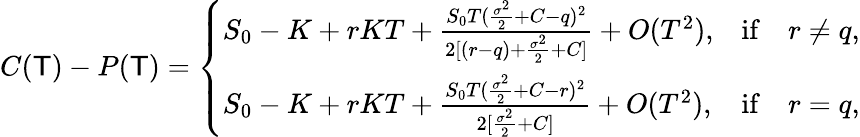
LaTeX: C(\mathsf{T})-P(\mathsf{T})=\left\{ \begin{array}{ll}{S_{0}-K+rKT+\frac{S_{0}T(\frac{\sigma^{2}}{2}+C-q)^{2}}{2[(r-q)+\frac{\sigma^{2}}{2}+C]}+O(T^{2}),}&{\mathrm{if}\quad r\neq q,}\\ {S_{0}-K+rKT+\frac{S_{0}T(\frac{\sigma^{2}}{2}+C-r)^{2}}{2[\frac{\sigma^{2}}{2}+C]}+O(T^{2}),}&{\mathrm{if}\quad r=q,}\end{array}\right.